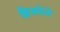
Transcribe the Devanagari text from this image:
झिजलेले